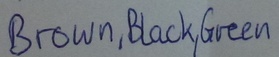
Text: Brown,Black,Green